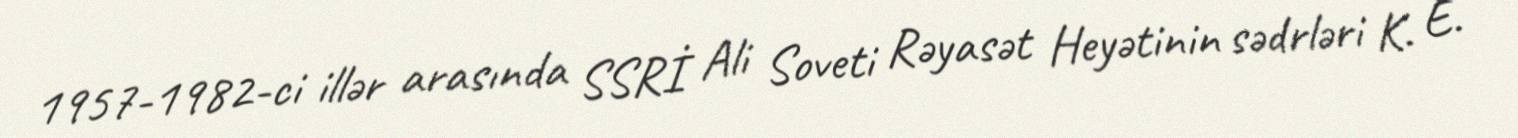
1957-1982-ci illər arasında SSRİ Ali Soveti Rəyasət Heyətinin sədrləri K. E.